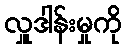
လှူဒါန်းမှုကို